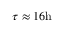
\tau \approx 1 6 \mathrm { h }